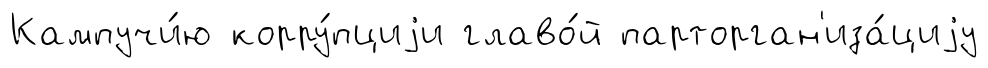
Кампучи́ю корру́пциjи главо́й парторган'иза́циjу